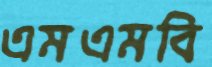
এমএমবি